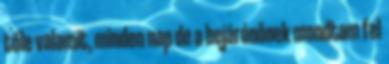
tőle valamit, minden nap de a bejárónőnek mondtam fel